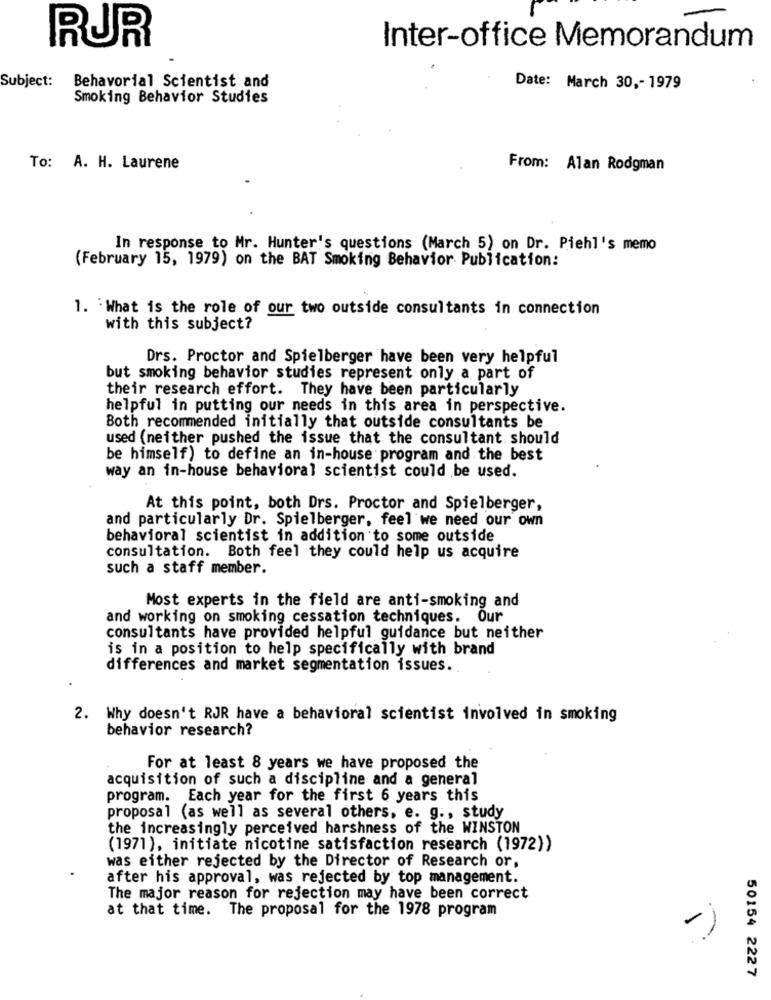
RUR
Inter-office Memorandum
Behavorial Scientist and
Subject:
Date: March 30 ,- 1979
Smoking Behavior Studies
To: A. H. Laurene
From: Alan Rodgman
In response to Mr. Hunter's questions (March 5) on Dr. Piehl's memo
(February 15, 1979) on the BAT Smoking Behavior Publication:
1. What is the role of our two outside consultants in connection
with this subject?
Drs. Proctor and Spielberger have been very helpful
but smoking behavior studies represent only a part of
their research effort. They have been particularly
helpful in putting our needs in this area in perspective.
Both recommended initially that outside consultants be
used (neither pushed the issue that the consultant should
be himself) to define an in-house program and the best
way an in-house behavioral scientist could be used.
At this point, both Drs. Proctor and Spielberger,
and particularly Dr. Spielberger, feel we need our own
behavioral scientist in addition to some outside
consultation. Both feel they could help us acquire
such a staff member.
Most experts in the field are anti-smoking and
and working on smoking cessation techniques. Our
consultants have provided helpful guidance but neither
is in a position to help specifically with brand
differences and market segmentation issues.
2. Why doesn't RJR have a behavioral scientist involved in smoking
behavior research?
For at least 8 years we have proposed the
acquisition of such a discipline and a general
program. Each year for the first 6 years this
proposal (as well as several others, e. g ., study
the increasingly perceived harshness of the WINSTON
(1971), initiate nicotine satisfaction research (1972))
was either rejected by the Director of Research or,
after his approval, was rejected by top management.
The major reason for rejection may have been correct
at that time. The proposal for the 1978 program
50154 2227